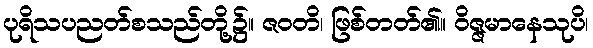
ပုရိသပညတ်စသည်တို့၌။ ဇဝတိ၊ ဖြစ်တတ်၏။ ဝိဇ္ဇမာနေသုပိ၊